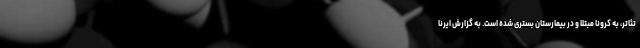
تئاتر، به کرونا مبتلا و در بیمارستان بستری شده است. به گزارش ایرنا